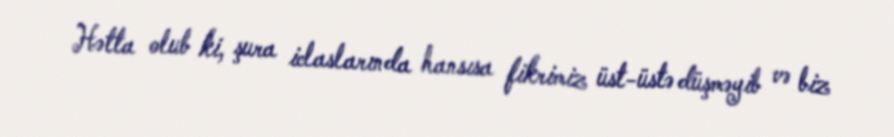
Hətta olub ki, şura iclaslarında hansısa fikrimiz üst-üstə düşməyib və biz